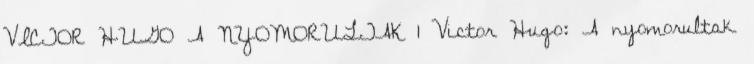
VICTOR HUGO A NYOMORULTAK 1 Victor Hugo: A nyomorultak